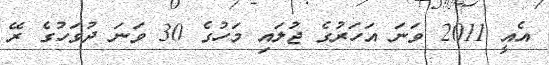
އެއީ 2011 ވަނަ އަހަރުގެ ޖުލައި މަހުގެ 30 ވަނަ ދުވަހުގެ ރޭ